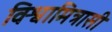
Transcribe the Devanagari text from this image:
विश्वामित्रासी